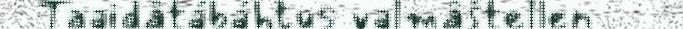
Taaidâtábáhtus valmâštellen